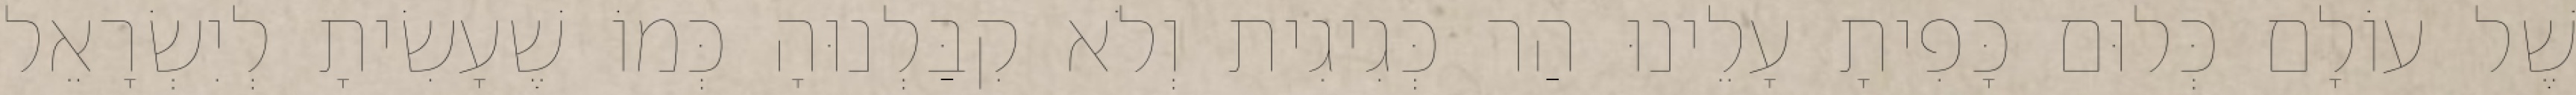
שֶׁל עוֹלָם כְּלוּם כָּפִיתָ עָלֵינוּ הַר כְּגִיגִית וְלֹא קִבַּלְנוּהָ כְּמוֹ שֶׁעָשִׂיתָ לְיִשְׂרָאֵל